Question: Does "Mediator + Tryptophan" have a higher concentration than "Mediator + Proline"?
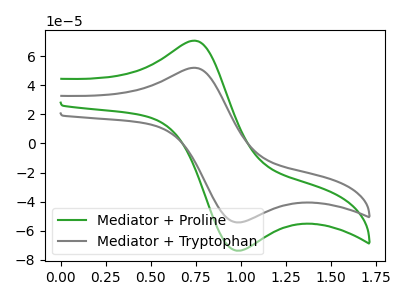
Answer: <think>The green curve "Mediator + Proline" has an anodic peak at (0.75V, 70.75uA) and a cathodic peak at (1.00V, -73.75uA). The gray curve "Mediator + Tryptophan" has an anodic peak at (0.75V, 52.10uA) and a cathodic peak at (1.00V, -54.30uA).
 All the peaks in "Mediator + Tryptophan" have a peak in "Mediator + Proline" at the same potential. Every peak in "Mediator + Tryptophan" is lower than every peak in "Mediator + Proline".</think>
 <answer>"Mediator + Tryptophan" has less signal than "Mediator + Proline" and so likely has a lower concentration.</answer>
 <eval>less_concentration</eval>